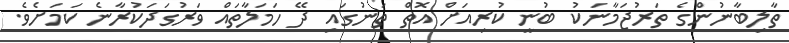
ތާލިބާނުންގެ ތަރުޖަމާނަކު ބުނީ ކުރިއަށް އޮތް ތަނުގައި ދޭ ހަމަލާތައް ވަރުގަދަކުރާނެ ކަމަށެވެ.